Vaccination in Bombay 1869-1873 - 1869-1873
Year: 1869
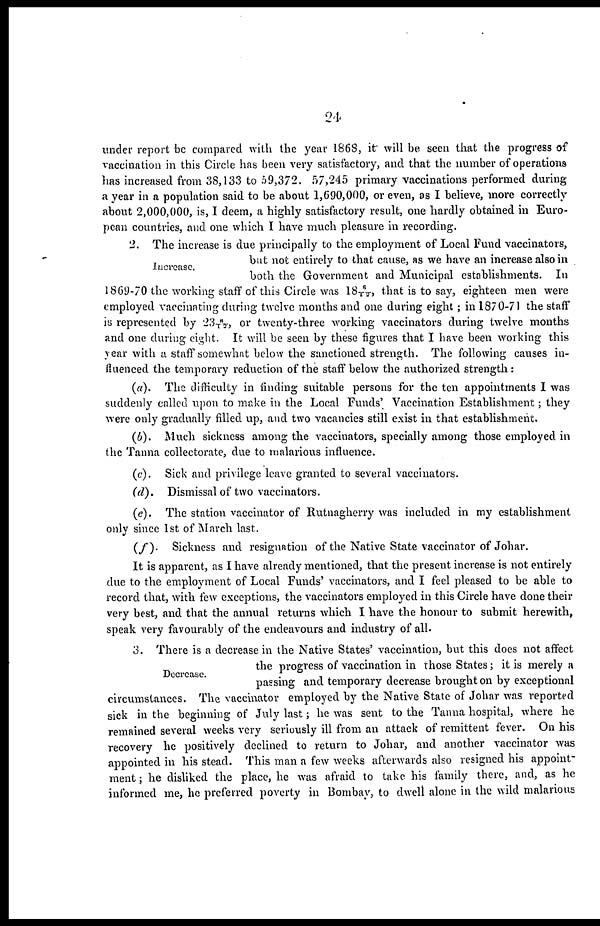
24
under report be compared with the year 1868, it will be seen that the progress of
vaccination in this Circle has been very satisfactory, and that the number of operations
has increased from 38,133 to 59,372. 57,245 primary vaccinations performed during
a year in a population said to be about 1,690,000, or even, as I believe, more correctly
about 2,000,000, is, I deem, a highly satisfactory result, one hardly obtained in Euro-
pean countries, and one which I have much pleasure in recording.
Increase.
2. The increase is due principally to the employment of Local Fund vaccinators,
but not entirely to that cause, as we have an increase also in
both the Government and Municipal establishments. In
1869-70 the working staff of this Circle was 186/11, that is to say, eighteen men were
employed vaccinating during twelve months and one during eight ; in 1870-71 the staff
is represented by 23 6/12, or twenty-three working vaccinators during twelve months
and one during eight. It will be seen by these figures that I have been working this
year with a staff somewhat below the sanctioned strength. The following causes in-
fluenced the temporary reduction of the staff below the authorized strength:
(a). The difficulty in finding suitable persons for the ten appointments I was
suddenly called upon to make in the Local Funds' Vaccination Establishment; they
were only gradually filled up, and two vacancies still exist in that establishment.
(b). Much sickness among the vaccinators, specially among those employed in
the Tanna collectorate, due to malarious influence.
(c). Sick and privilege leave granted to several vaccinators.
(d).
Dismissal of two vaccinators.
(e). The station vaccinator of Rutnagherry was included in my establishment
only since 1st of March last.
(f).
Sickness and resignation of the Native State vaccinator of Johar.
It is apparent, as I have already mentioned, that the present increase is not entirely
due to the employment of Local Funds' vaccinators, and I feel pleased to be able to
record that, with few exceptions, the vaccinators employed in this Circle have done their
very best, and that the annual returns which I have the honour to submit herewith,
speak very favourably of the endeavours and industry of all.
Decrease.
3. There is a decrease in the Native States' vaccination, but this does not affect
the progress of vaccination in those States; it is merely a
passing and temporary decrease brought on by exceptional
circumstances. The vaccinator employed by the Native State of Johar was reported
sick in the beginning of July last; he was sent to the Tanna hospital, where he
remained several weeks very seriously ill from an attack of remittent fever. On his
recovery he positively declined to return to Johar, and another vaccinator was
appointed in his stead. This man a few weeks afterwards also resigned his appoint-
ment ; he disliked the place, he was afraid to take his family there, and, as he
informed me, he preferred poverty in Bombay, to dwell alone in the wild malarious